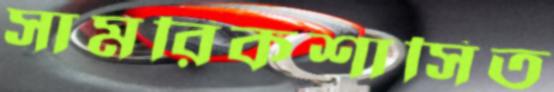
সামরিকশাসিত